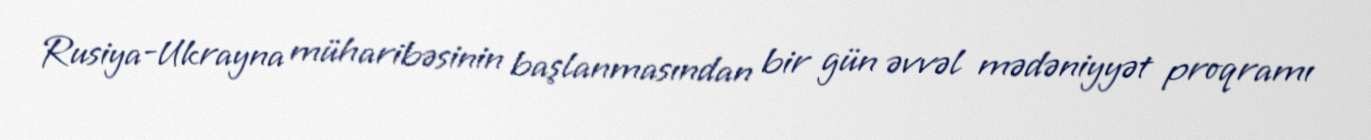
Rusiya-Ukrayna müharibəsinin başlanmasından bir gün əvvəl mədəniyyət proqramı